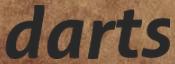
darts